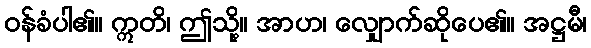
ဝန်ခံပါ၏။ ဣတိ၊ ဤသို့။ အာဟ၊ လျှောက်ဆိုပေ၏။ အဋ္ဌမီ၊